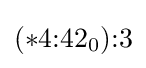
(*4{:}42_{0}){:}3